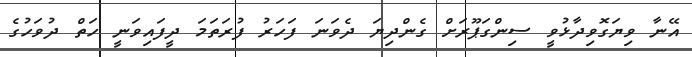
އޭނާ ވިޔަގޮވިދާޅުވީ ސިންގަޕޫރަށް ގެންދިޔަ ދެވަނަ ފަހަރު ފުރަތަމަ ދީފައިވަނީ ހަތް ދުވަހުގެ